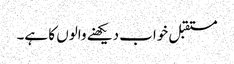
مستقبل خواب دیکھنے والوں کا ہے۔